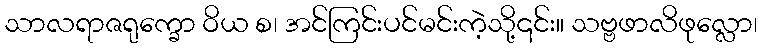
သာလရာဇရုက္ခော ဝိယ စ၊ အင်ကြင်းပင်မင်းကဲ့သို့၎င်း။ သဗ္ဗဖာလိဖုလ္လော၊